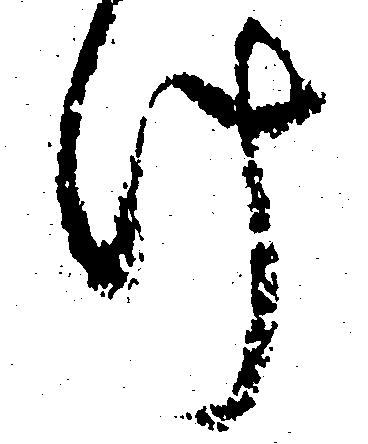
け